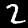
Digit: 2